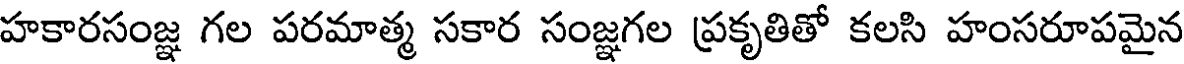
హకారసంజ్ఞ గల పరమాత్మ సకార సంజ్ఞగల ప్రకృతితో కలసి హంసరూపమైన